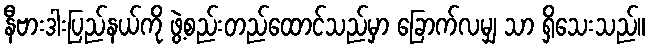
နီဗားဒါးပြည်နယ်ကို ဖွဲ့စည်းတည်ထောင်သည်မှာ ခြောက်လမျှ သာ ရှိသေးသည်။